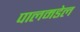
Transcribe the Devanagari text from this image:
पालमडेल